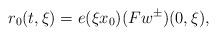
LaTeX: \begin{align*} r _ 0 ( t , \xi ) = e ( \xi x _ 0 ) ( F w ^ \pm ) ( 0 , \xi ) ,\end{align*}